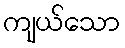
ကျယ်သော